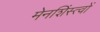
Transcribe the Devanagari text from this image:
मेनशिंस्त्वों